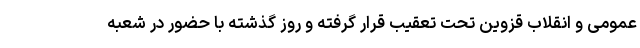
عمومی و انقلاب قزوین تحت تعقیب قرار گرفته و روز گذشته با حضور در شعبه